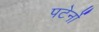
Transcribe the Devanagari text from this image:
पटेर्नो